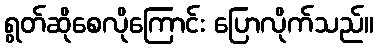
ရွတ်ဆိုစေလိုကြောင်း ပြောလိုက်သည်။